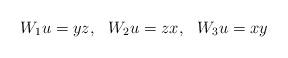
LaTeX: \begin{align*}\begin{aligned}W_{1}u=yz, & & W_{2}u=zx, & & W_{3}u=xy\end{aligned}\end{align*}